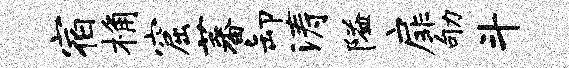
宿桷窟蕃卸涛隘扉劬斗